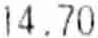
14.70